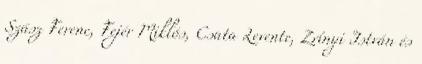
Szász Ferenc, Fejér Miklós, Csata Levente, Zrínyi István és